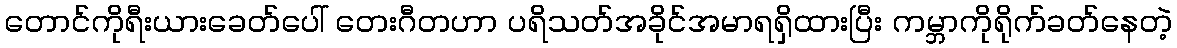
တောင်ကိုရီးယားခေတ်ပေါ် တေးဂီတဟာ ပရိသတ်အခိုင်အမာရရှိထားပြီး ကမ္ဘာကိုရိုက်ခတ်နေတဲ့